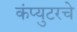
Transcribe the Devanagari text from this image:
कंप्युटरचे